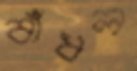
বাঁধল